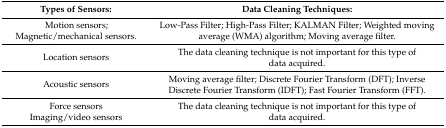
<table><thead><tr><td><b>Types of Sensors:</b></td><td><b>Data Cleaning Techniques:</b></td></tr></thead><tbody><tr><td>Motion sensors; Magnetic/mechanical sensors.</td><td>Low-Pass Filter; High-Pass Filter; KALMAN Filter; Weighted moving average (WMA) algorithm; Moving average filter.</td></tr><tr><td>Location sensors</td><td>The data cleaning technique is not important for this type of data acquired.</td></tr><tr><td>Acoustic sensors</td><td>Moving average filter; Discrete Fourier Transform (DFT); Inverse Discrete Fourier Transform (IDFT); Fast Fourier Transform (FFT).</td></tr><tr><td>Force sensorsImaging/video sensors</td><td>The data cleaning technique is not important for this type of data acquired.</td></tr></tbody></table>